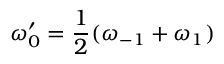
\omega _ { 0 } ^ { \prime } = \frac { 1 } { 2 } ( \omega _ { - 1 } + \omega _ { 1 } )